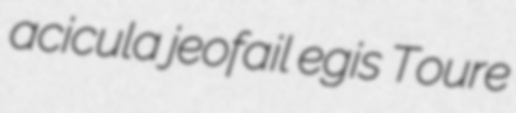
acicula jeofail egis Toure